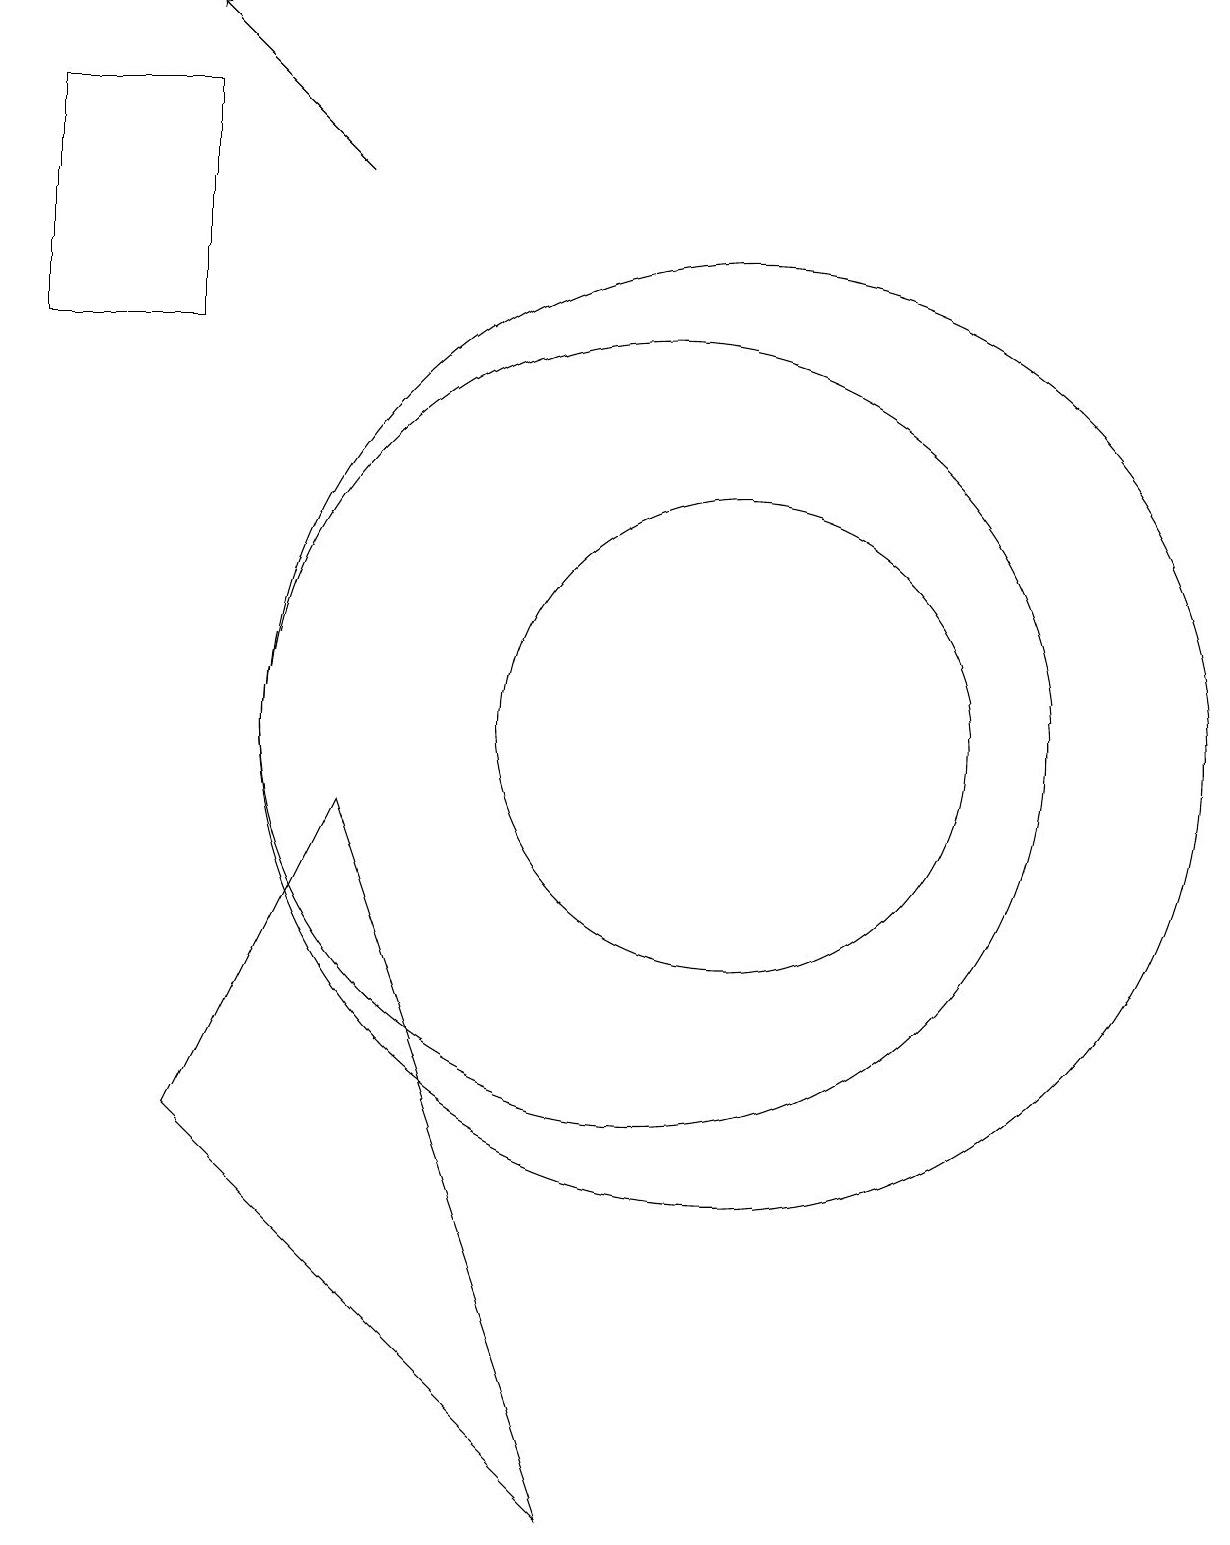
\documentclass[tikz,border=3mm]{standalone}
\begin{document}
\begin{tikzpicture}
\draw (11,10) circle (3);
\draw[->] (6,17) -- (4,19);
\draw (2,18) rectangle (4,15);
\draw (11,10) circle (6);
\draw (4,5) -- (9,0) -- (6,9) -- cycle;
\draw (10,10) circle (5);
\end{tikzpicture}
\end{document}